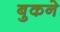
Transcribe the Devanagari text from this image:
बुकने